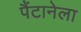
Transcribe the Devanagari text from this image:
पैंटानेला